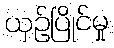
ယှဉ်ပြိုင်မှု